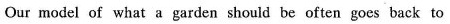
Our model of what a garden should be often goes back to